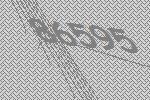
86595